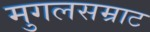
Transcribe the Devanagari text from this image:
मुगलसम्राट